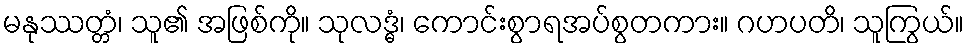
မနုဿတ္တံ၊ သူ၏ အဖြစ်ကို။ သုလဒ္ဓံ၊ ကောင်းစွာရအပ်စွတကား။ ဂဟပတိ၊ သူကြွယ်။